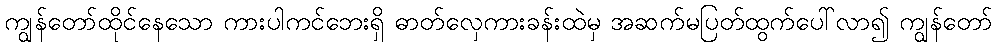
ကျွန်တော်ထိုင်နေသော ကားပါကင်ဘေးရှိ ဓာတ်လှေကားခန်းထဲမှ အဆက်မပြတ်ထွက်ပေါ်လာ၍ ကျွန်တော်